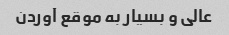
عالی و بسیار به موقع آوردن